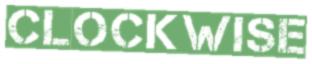
CLOCKWISE